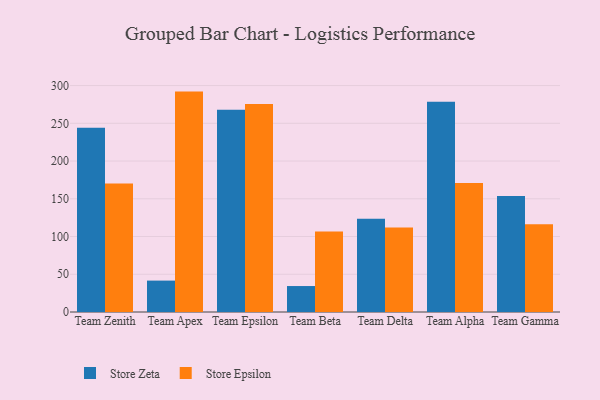
{"axis": {"x": "Team", "y": "Gross Profit (USD K)"}, "legend": ["Store Epsilon", "Store Zeta"], "data": [{"x": "Team Zenith", "y": 244.0, "type": "Store Zeta"}, {"x": "Team Zenith", "y": 170.4, "type": "Store Epsilon"}, {"x": "Team Apex", "y": 41.6, "type": "Store Zeta"}, {"x": "Team Apex", "y": 292.0, "type": "Store Epsilon"}, {"x": "Team Epsilon", "y": 268.1, "type": "Store Zeta"}, {"x": "Team Epsilon", "y": 275.6, "type": "Store Epsilon"}, {"x": "Team Beta", "y": 34.4, "type": "Store Zeta"}, {"x": "Team Beta", "y": 106.6, "type": "Store Epsilon"}, {"x": "Team Delta", "y": 123.5, "type": "Store Zeta"}, {"x": "Team Delta", "y": 111.8, "type": "Store Epsilon"}, {"x": "Team Alpha", "y": 278.7, "type": "Store Zeta"}, {"x": "Team Alpha", "y": 170.8, "type": "Store Epsilon"}, {"x": "Team Gamma", "y": 153.8, "type": "Store Zeta"}, {"x": "Team Gamma", "y": 116.3, "type": "Store Epsilon"}]}